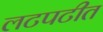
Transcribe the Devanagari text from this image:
लटपटीत